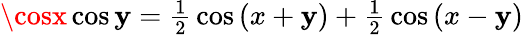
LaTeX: \cosx\cos\mathbf{y}={\textstyle{\frac{{1}}{{2}}}}\cos\, (x+\mathbf{y})+{\textstyle{\frac{{1}}{{2}}}}\cos\, (x-\mathbf{y})